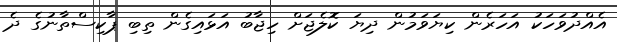
އެއްދުވަހަކު އަހަރެން ކިޔަވަމުން ދިޔަ ކޮލެޖަށް ހިޖާބު އަޅައިގެން ތިބި ޕާކިސްތާނުގެ ދެ